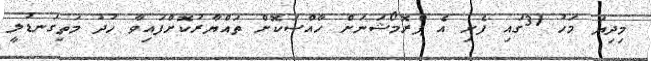
މިދިޔަ މަހު 31ގައި ފެށި އެ ޕްރޮމޯޝަނަށް ހާއްސަކޮށް ތައްޔާރުކޮށްފައިވާ ހުދު މަތިގަނޑުލީ